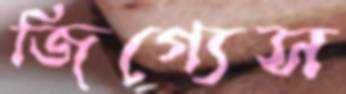
জিগ্যেস